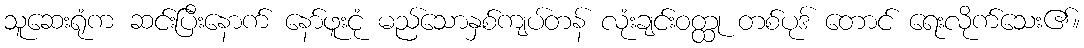
သူဆေးရုံက ဆင်းပြီးနောက် နော်ဖူးငုံ မည်သောနှစ်ကျပ်တန် လုံးချင်းဝတ္ထု တစ်ပုဒ် တောင် ရေးလိုက်သေး၏။